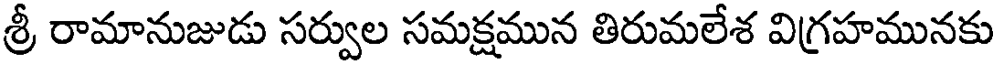
శ్రీ రామానుజుడు సర్వుల సమక్షమున తిరుమలేశ విగ్రహమునకు